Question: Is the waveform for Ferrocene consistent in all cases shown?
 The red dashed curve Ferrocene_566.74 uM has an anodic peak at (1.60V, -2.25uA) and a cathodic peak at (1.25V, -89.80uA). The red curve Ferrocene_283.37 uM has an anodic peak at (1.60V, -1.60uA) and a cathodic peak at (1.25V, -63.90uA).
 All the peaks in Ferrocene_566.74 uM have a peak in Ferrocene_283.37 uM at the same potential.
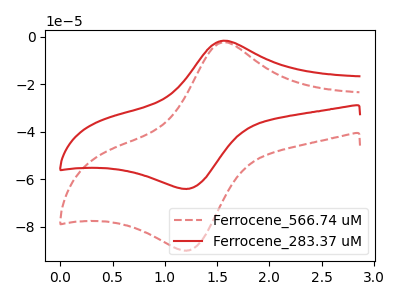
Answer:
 <answer>All the CV's of "Ferrocene" have similar shape.</answer>
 <eval>follow_rule</eval>